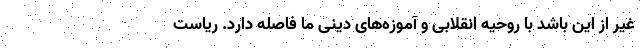
غیر از این باشد با روحیه انقلابی و آموزه‌های دینی ما فاصله دارد. ریاست